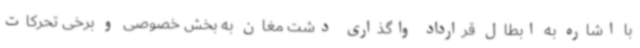
با اشاره به ابطال قرارداد واگذاری دشت مغان به بخش خصوصی و برخی تحرکات